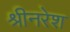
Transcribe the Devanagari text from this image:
श्रीनरेश